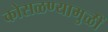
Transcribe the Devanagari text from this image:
कोसळण्यामुळीं